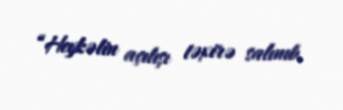
“Heykəlin açılışı təxirə salınıb.